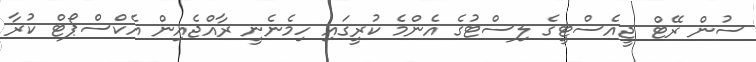
ސުން ރޭޓް ޖީއެސްޓީގެ ލިސްޓުގެ އެންމެ ކުރީގައި ހިމެނެނީ ރާއްޖެއިން އެކްސްޕޯޓް ކުރާ